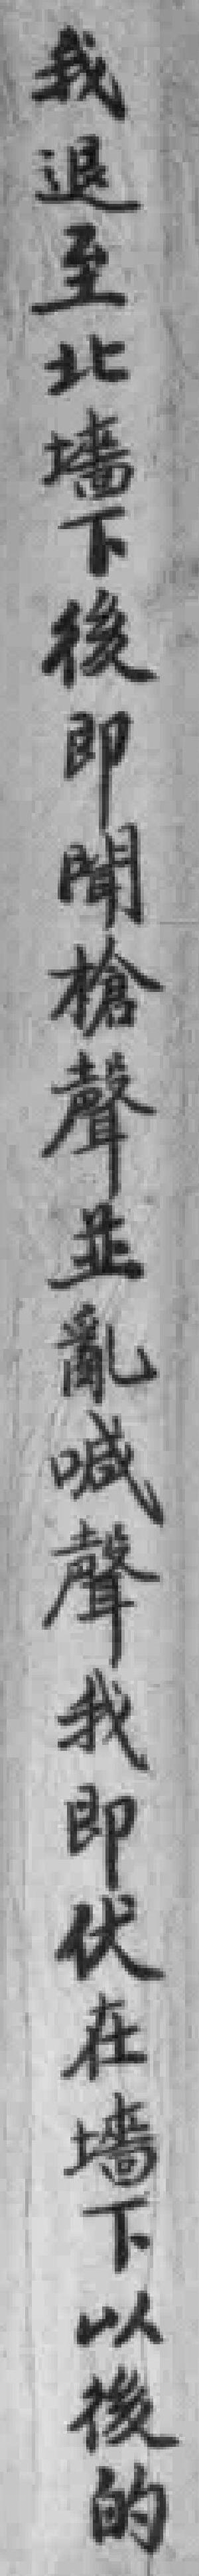
我退至北墙下後即聞槍聲並亂喊聲我即伏在墙下以後的